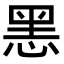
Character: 𢜧